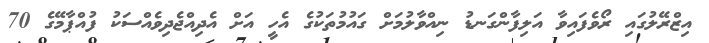
އިޒްރޭލުގައި ރޯވެފައިވާ އަލިފާންގަނޑު ނިއްވާލުމަށް ގައުމުތަކުގެ އެހީ އަށް އެދިއްޖެދިވެއްސަކު ފުއްޕާމޭގެ 70